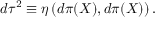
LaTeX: d \tau ^ { 2 } \equiv \eta \left( d \pi ( X ) , d \pi ( X ) \right) .